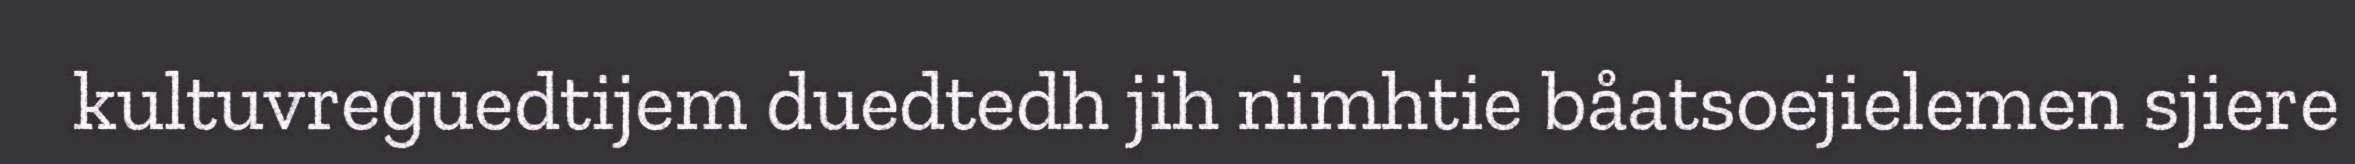
kultuvreguedtijem duedtedh jih nimhtie båatsoejielemen sjiere